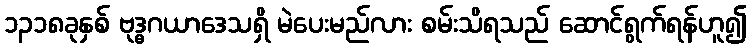
၁၃၁၈ခုနှစ် ဗုဒ္ဓဂယာဒေသရှိ မဲပေးမည်လား စမ်းသိရသည် ဆောင်ရွက်ရန်ဟူ၍